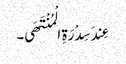
عِندَ سِدْرَةِ الْمُنْتَھَی۔